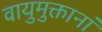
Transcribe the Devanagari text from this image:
वायुमुक्तानां